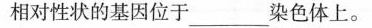
相对性状的基因位于___染色体上。